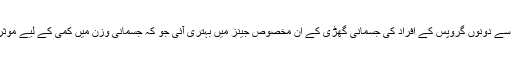
نتائج سے معلوم ہوا کہ ایک مخصوص وقت سے پہلے کھانے سے دونوں گروپس کے افراد کی جسمانی گھڑی کے ان مخصوص جینز میں بہتری آئی جو کہ جسمانی وزن میں کمی کے لیے موثر ہوتے ہیں جبکہ گلوکوز اور انسولین کی سطح بھی بہتر ہوئی۔